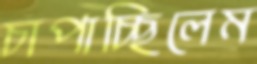
চাপাচ্ছিলেম